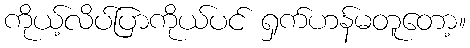
ကိုယ့်လိပ်ပြာကိုယ်ပင် ရှက်ဟန်မတူတော့။